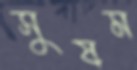
সুষম